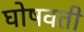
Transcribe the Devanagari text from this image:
घोषवती